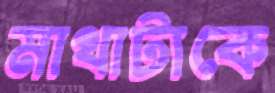
মাথাটাকে